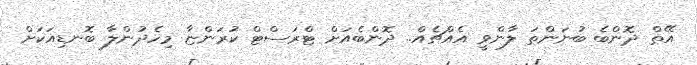
އޭތް ދޮންބެ ބުނަންތަ ލާންވީ އެއްޗެއް.. ދޮންބެއަށް ޓްރަސްޓް ކުރަންޏާ މިހެދުންލާ ބޮނޑިއަކަށް